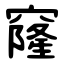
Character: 窿